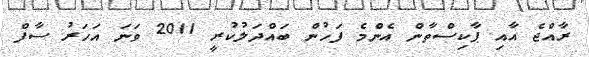
ރާއްޖެ އާއި ޕާކިސްތާން އެންމެ ފަހުން ބައްދަލުކުރީ 2011 ވަނަ އަހަރު ސާފް